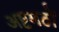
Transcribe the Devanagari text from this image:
अष्टमठों